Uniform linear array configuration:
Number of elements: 32
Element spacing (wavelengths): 1
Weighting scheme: binomial
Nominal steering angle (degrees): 15
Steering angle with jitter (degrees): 15.775
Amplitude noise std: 0.05
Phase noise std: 0.05

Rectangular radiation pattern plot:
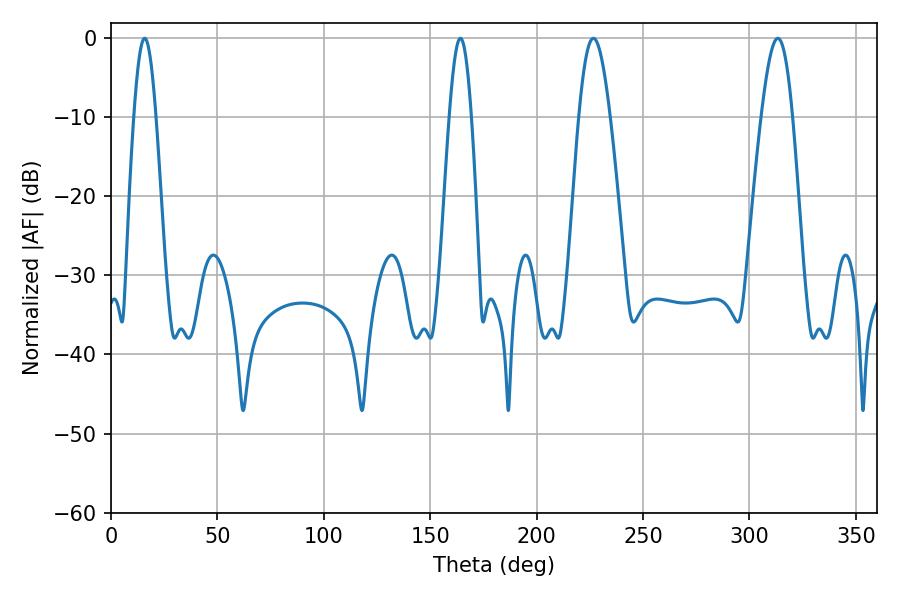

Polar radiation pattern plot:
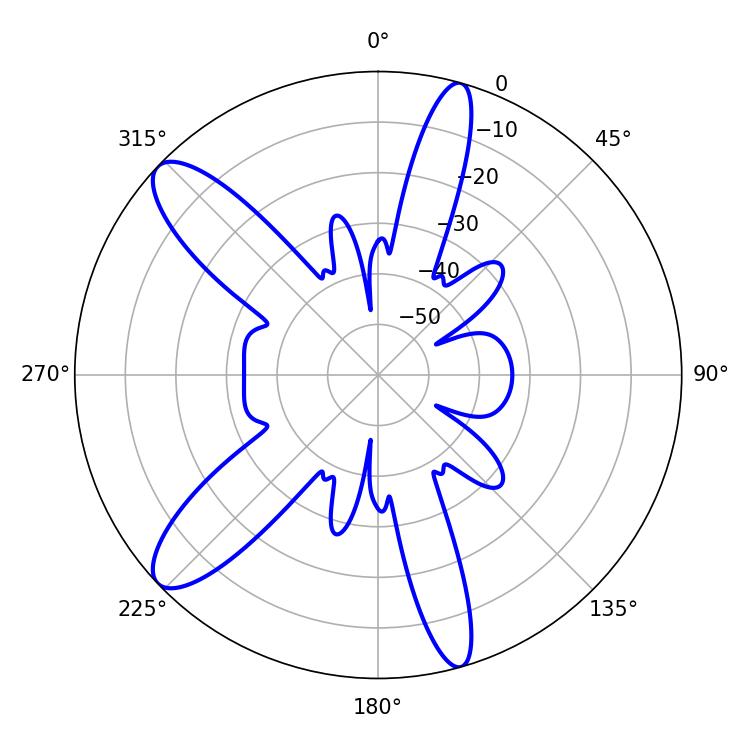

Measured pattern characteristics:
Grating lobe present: TRUE
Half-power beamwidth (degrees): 5.4
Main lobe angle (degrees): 15.84